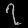
Digit: ၇